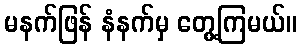
မနက်ဖြန် နံနက်မှ တွေ့ကြမယ်။